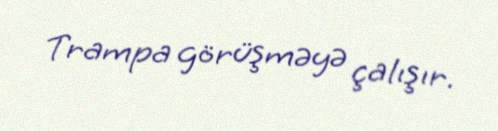
Trampa görüşməyə çalışır.